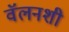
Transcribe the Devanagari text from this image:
वॅलनशी